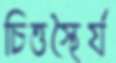
চিত্তস্থৈর্য